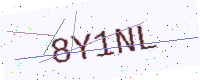
Text: 8Y1NL